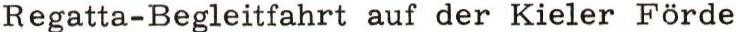
Regatta-Begleitfahrt auf der Kieler Förde